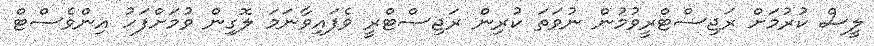
ލީސް ކުރުމަށް ރަޖިސްޓްރީވުމުން ނުވަތަ ކުރިން ރަޖިސްޓްރީ ވެފައިވާނަމަ ލޮގިން ވުމަށްފަހު އިންވެސްޓް